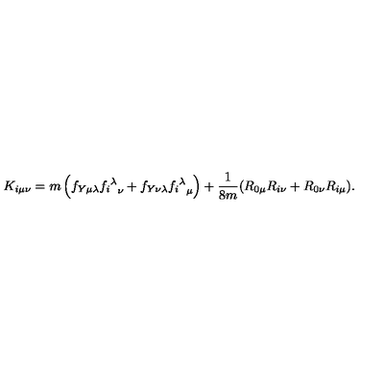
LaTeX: K _ { i \mu \nu } = m \left( f _ { Y \mu \lambda } { { f _ { i } } ^ { \lambda } } _ { \nu } + f _ { Y \nu \lambda } { { f _ { i } } ^ { \lambda } } _ { \mu } \right) + \frac { 1 } { 8 m } ( R _ { 0 \mu } R _ { i \nu } + R _ { 0 \nu } R _ { i \mu } ) .